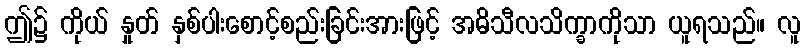
ဤ၌ ကိုယ် နှုတ် နှစ်ပါးစောင့်စည်းခြင်းအားဖြင့် အဓိသီလသိက္ခာကိုသာ ယူရသည်။ လူ